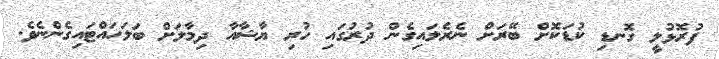
ފުރޮޅުލީ ގޮނޑި ކުޑަކޮށް ބޭރަށް ނެރެލައިގެން ދުރުގައި ހުރި ޔާޝާއާ ދިމާލަށް ބަލަހައްޓައިގެންނެވެ.